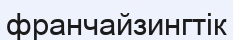
франчайзингтік